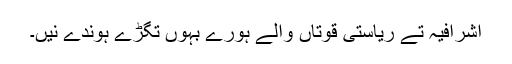
اشرافیہ تے ریاستی قوتاں والے ہورے بہوں تگڑے ہوندے نیں۔